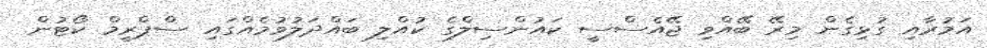
އަމުރާއި ގުޅިގެން މިރޭ ބޭއްވި ޖޭއެސްސީ ކައުންސިލްގެ ކުއްލި ބައްދަލުވުމެއްގައި ސްޕްރީމް ކޯޓުން